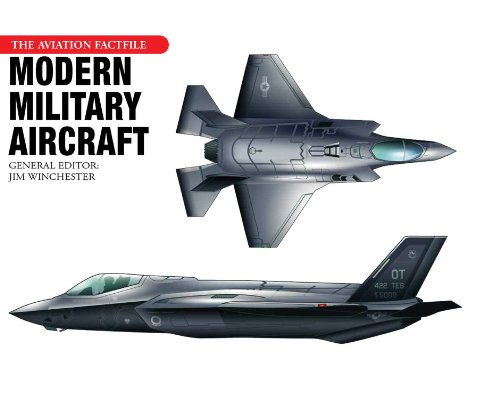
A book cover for Modern Military Aircraft (Aviation Factfile (Chartwell Books)); Arts & Photography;